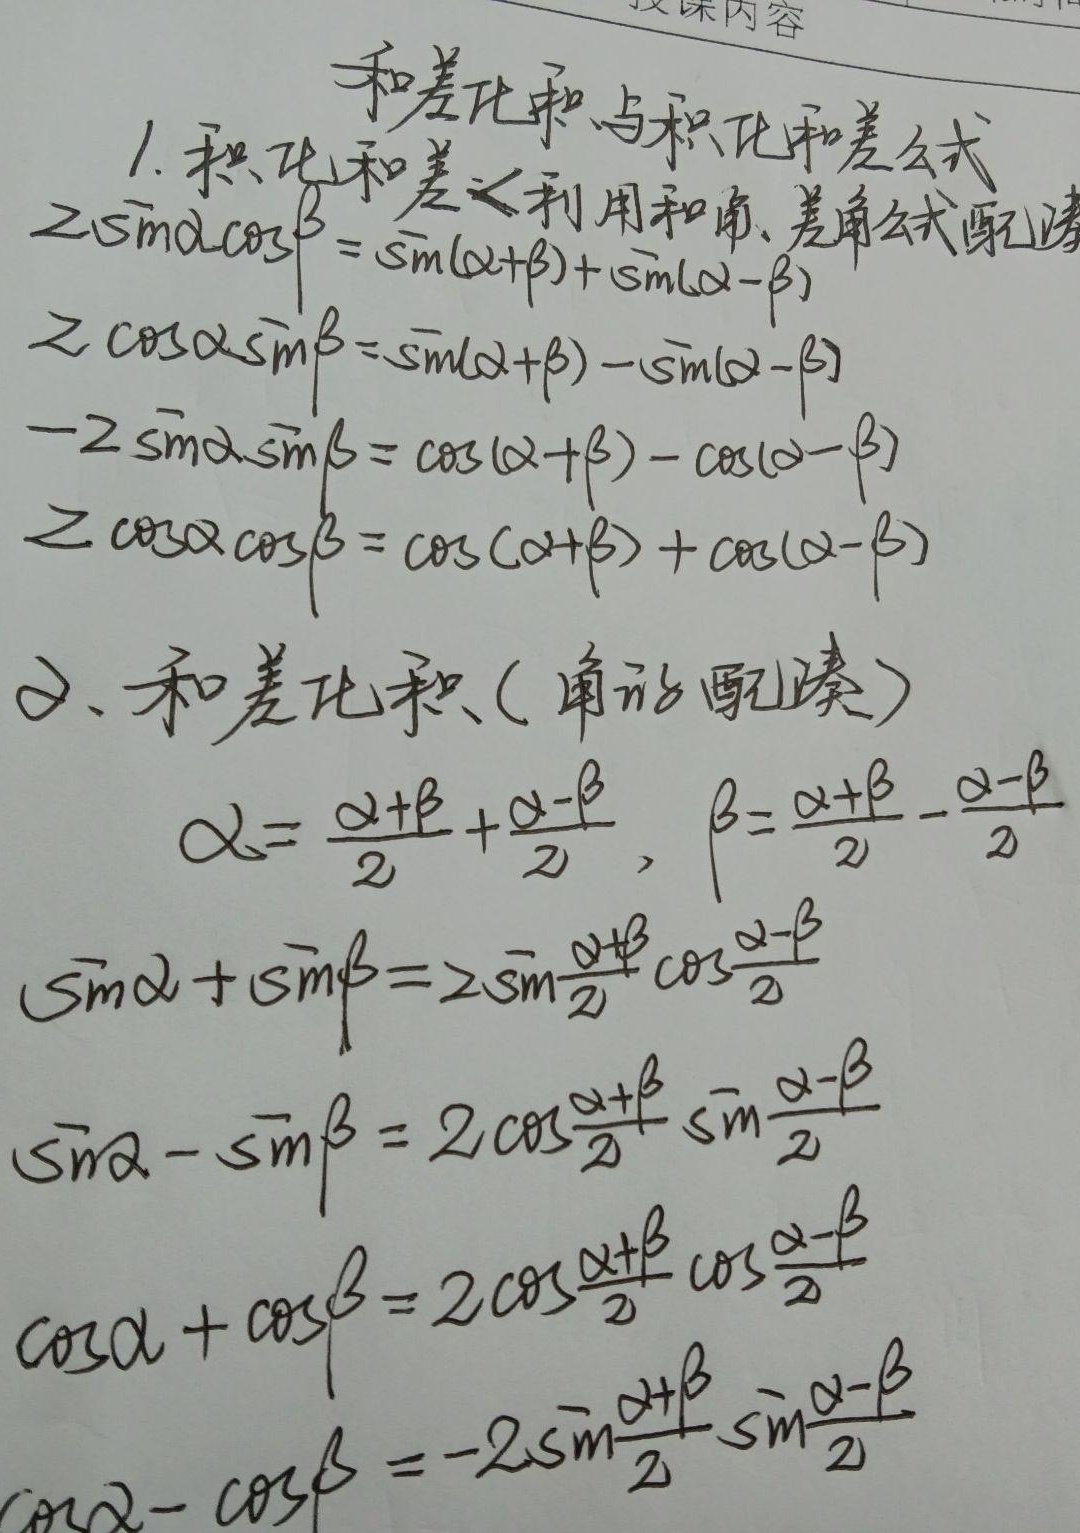
### 和差化积与积化和差公式
1. **积化和差（利用和角、差角公式证明）**
\[
\begin{align*}
2\sin\alpha\cos\beta&=\sin(\alpha + \beta)+\sin(\alpha - \beta)\\
2\cos\alpha\sin\beta&=\sin(\alpha + \beta)-\sin(\alpha - \beta)\\
-2\sin\alpha\sin\beta&=\cos(\alpha + \beta)-\cos(\alpha - \beta)\\
2\cos\alpha\cos\beta&=\cos(\alpha + \beta)+\cos(\alpha - \beta)
\end{align*}
\]
2. **和差化积（角形配凑）**
\[
\begin{align*}
\alpha&=\frac{\alpha+\beta}{2}+\frac{\alpha - \beta}{2}, \quad \beta=\frac{\alpha+\beta}{2}-\frac{\alpha - \beta}{2}\\
\sin\alpha+\sin\beta&=2\sin\frac{\alpha+\beta}{2}\cos\frac{\alpha - \beta}{2}\\
\sin\alpha-\sin\beta&=2\cos\frac{\alpha+\beta}{2}\sin\frac{\alpha - \beta}{2}\\
\cos\alpha+\cos\beta&=2\cos\frac{\alpha+\beta}{2}\cos\frac{\alpha - \beta}{2}\\
\cos\alpha-\cos\beta&=-2\sin\frac{\alpha+\beta}{2}\sin\frac{\alpha - \beta}{2}
\end{align*}
\]